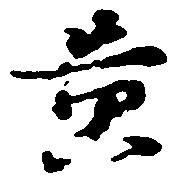
黄